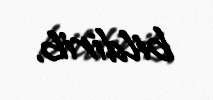
bildirib.